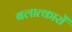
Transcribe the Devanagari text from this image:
बलात्कारों